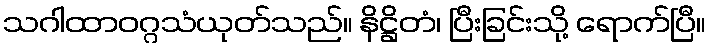
သဂါထာဝဂ္ဂသံယုတ်သည်။ နိဋ္ဌိတံ၊ ပြီးခြင်းသို့ ရောက်ပြီ။